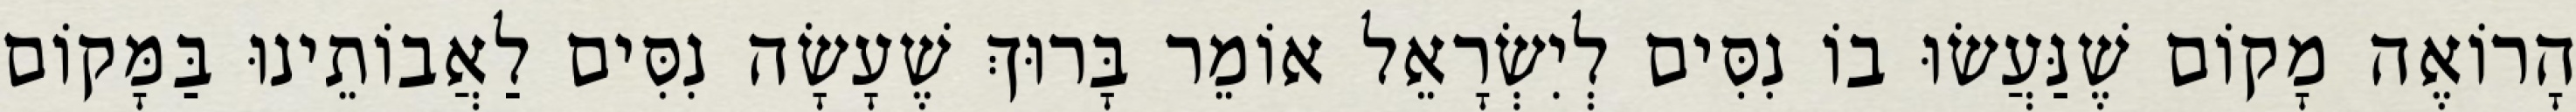
הָרוֹאֶה מָקוֹם שֶׁנַּעֲשׂוּ בוֹ נִסִּים לְיִשְׂרָאֵל אוֹמֵר בָּרוּךְ שֶׁעָשָׂה נִסִּים לַאֲבוֹתֵינוּ בַּמָּקוֹם